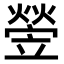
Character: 𤍩